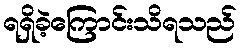
ရရှိခဲ့ကြောင်းသိရသည်